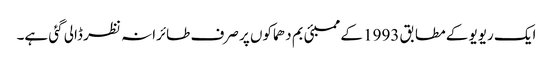
ایک ریویو کے مطابق 1993 کے ممبئی بم دھماکوں پر صرف طائرانہ نظر ڈالی گئی ہے۔